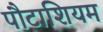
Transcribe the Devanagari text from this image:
पौटाशियम